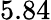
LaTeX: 5.84